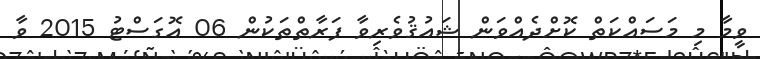
ވީމާ މި މަސައްކަތް ކޮށްދެއްވަން ޝައުޤުވެރިވާ ފަރާތްތަކުން 06 އޮގަސްޓު 2015 ވާ